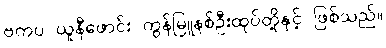
ဗကပ ယူနီဖောင်း ကွန်မြူနစ်ဦးထုပ်တို့နှင့် ဖြစ်သည်။